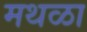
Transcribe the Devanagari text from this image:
मथळा